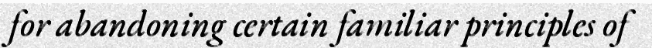
for abandoning certain familiar principles of